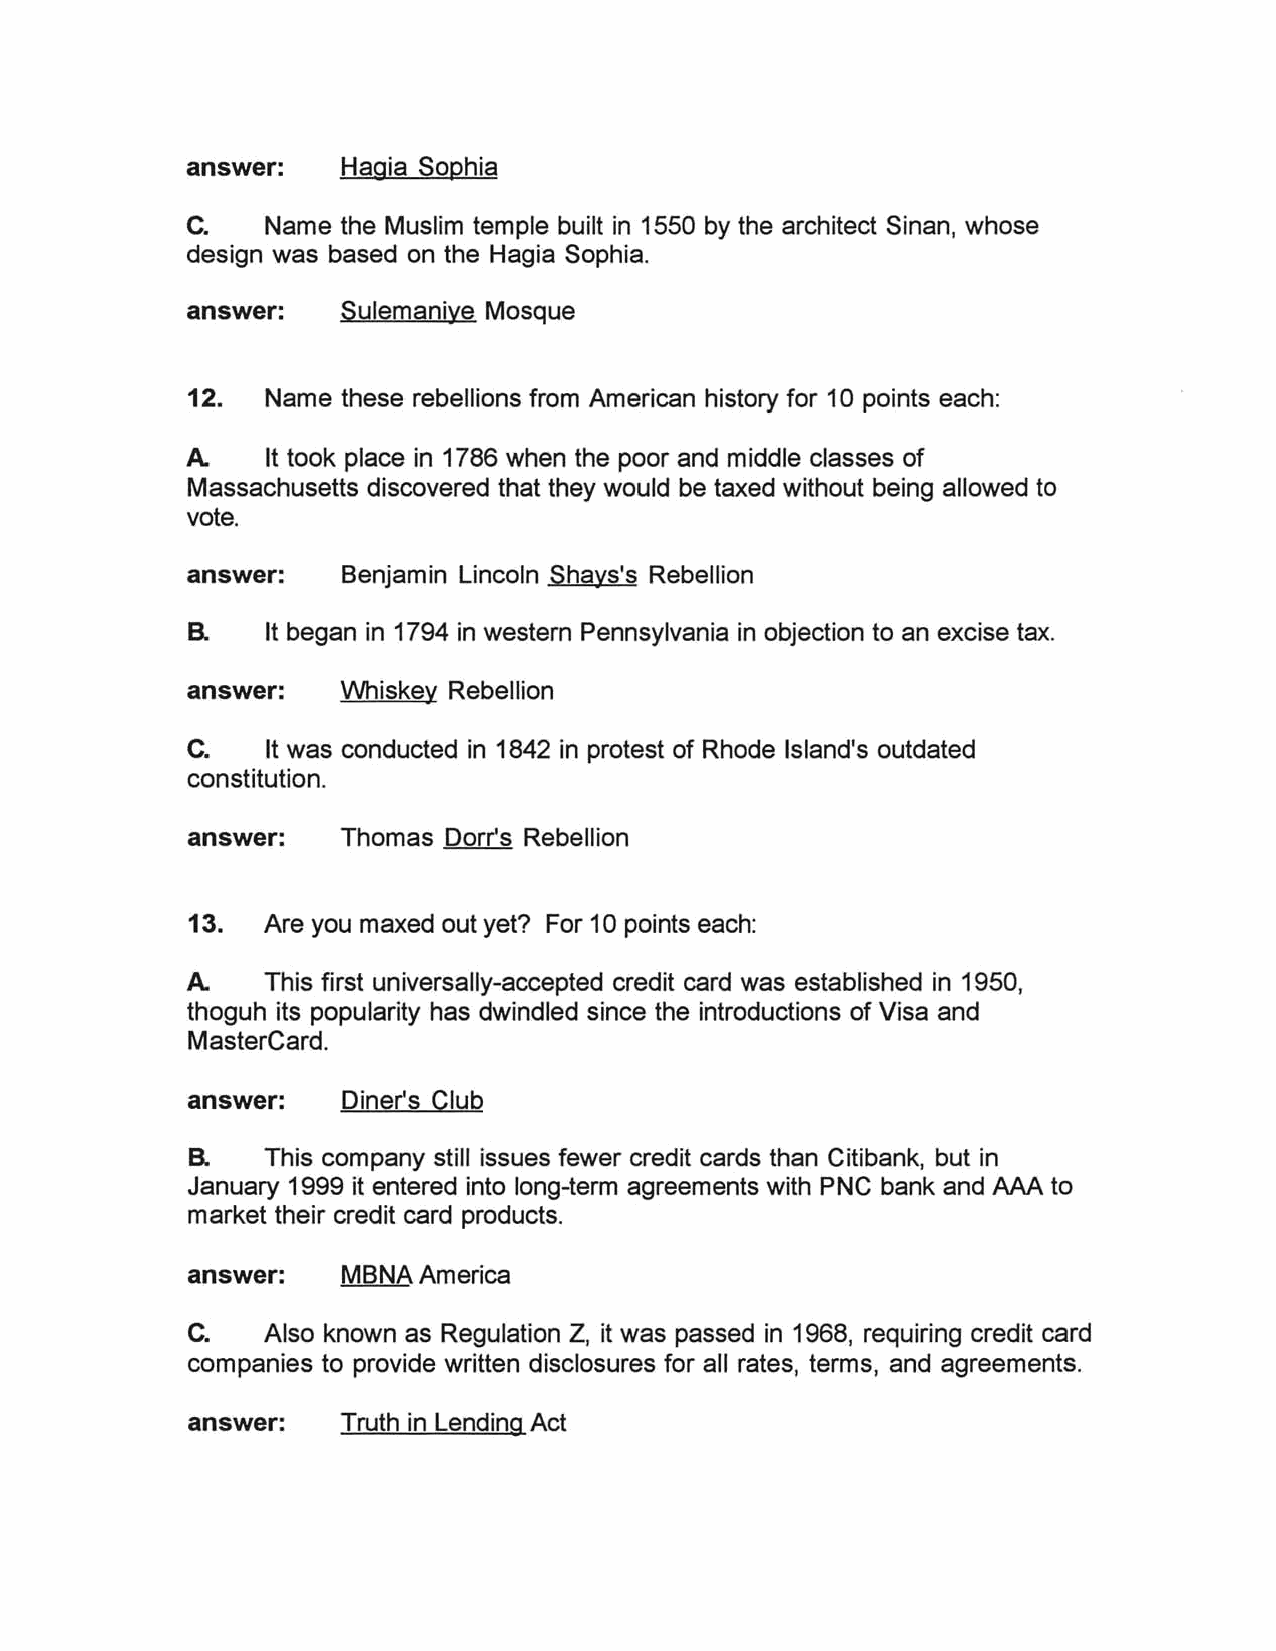
answer:   Hagia Sophia
 c.
 Name the Muslim temple built in 1550 by the architect Sinan, whose
 design was based on the Hagia Sophia.
 answer:   Sulemaniye Mosque
 12.  Name these rebellions from American history for 10 points each:
 A.   It took place in 1786 when the poor and middle classes of
 Massachusetts discovered that they would be taxed without being allowed to
 vote.
 answer:   Benjamin Lincoln Shays's Rebellion
 R    It began in 1794 in western Pennsylvania in objection to an excise tax.
 answer:   Whiskey Rebellion
 c.
 It was conducted in 1842 in protest of Rhode Island's outdated
 constitution.
 answer:   Thomas Dorr's Rebellion
 13.  Are you maxed out yet? For 10 points each:
 A.   This first universally-accepted credit card was established in 1950,
 thoguh its popularity has dwindled since the introductions of Visa and
 MasterCard.
 answer:   Diner's Club
 R    This company still issues fewer credit cards than Citibank, but in
 January 1999 it entered into long-term agreements with PNC bank and AAA to
 market their credit card products.
 answer:   MBNA America
 C.   Also known as Regulation Z, it was passed in 1968, requiring credit card
 companies to provide written disclosures for all rates, terms, and agreements.
 answer:   Truth in Lending Act